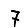
Digit: 7